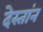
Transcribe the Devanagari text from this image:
देस्तांन